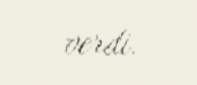
verdi.